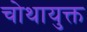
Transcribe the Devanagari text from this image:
चोथायुक्त